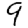
Digit: 9